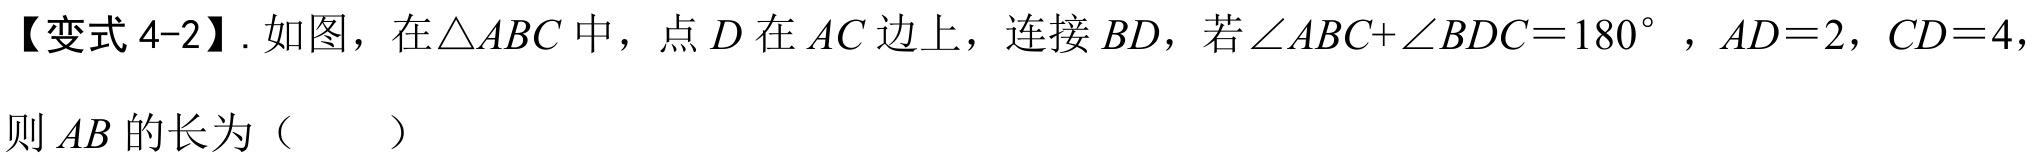
【变式4-2】. 如图，在$\triangle ABC$中，点$D$在$AC$边上，连接$BD$，若$\angle ABC + \angle BDC = 180^{\circ}$，$AD = 2$，$CD = 4$，则$AB$的长为（  ）